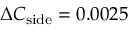
\Delta C _ { \mathrm { s i d e } } = 0 . 0 0 2 5